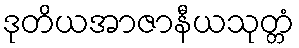
ဒုတိယအာဇာနီယသုတ္တံ